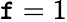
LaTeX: \mathtt{f}=1